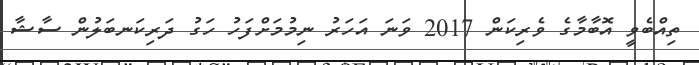
ތިއްބެވީ އޮބާމާގެ ވެރިކަން 2017 ވަނަ އަހަރު ނިމުމަށްފަހު ހަގު ދަރިކަނބަލުން ސާޝާ